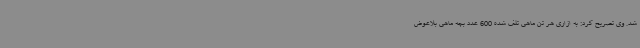
شد. وی تصریح کرد: به ازاری هر تن ماهی تلف شده 600 عدد بچه ماهی بلاعوض